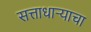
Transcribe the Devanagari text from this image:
सत्ताधार्‍याचा